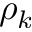
\rho _ { k }